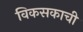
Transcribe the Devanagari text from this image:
विकसकाची